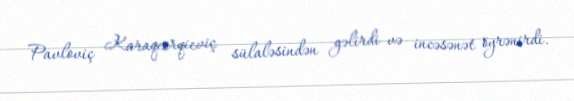
Pavloviç Karaqeorqieviç sülaləsindən gəlirdi və incəsənət öyrənirdi.